Report on vaccination in Madras 1895-1903 - 1895-1903
Year: 1895
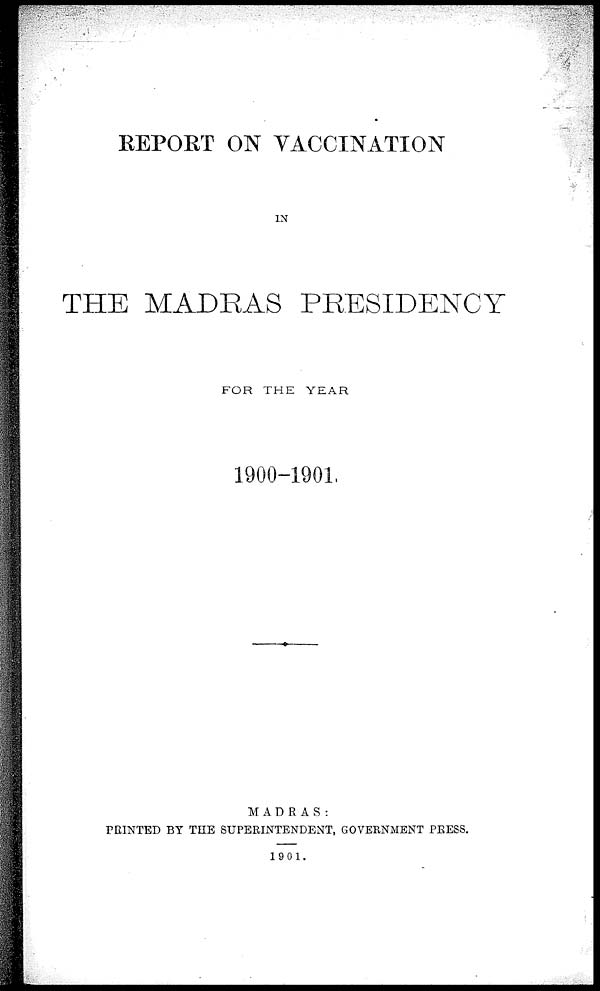
REPORT ON VACCINATION
IN
THE MADRAS PRESIDENCY
FOR THE YEAR
1900-1901,
MADRAS:
PRINTED BY THE SUPERINTENDENT, GOVERNMENT PRESS.
1901.